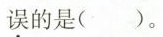
误的是()。